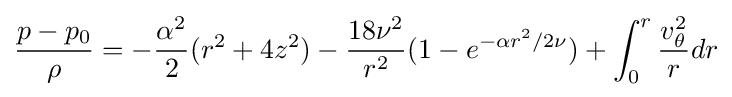
{\frac {p-p_{0}}{\rho }}=-{\frac {\alpha ^{2}}{2}}(r^{2}+4z^{2})-{\frac {18\nu ^{2}}{r^{2}}}(1-e^{-\alpha r^{2}/2\nu })+\int _{0}^{r}{\frac {v_{\theta }^{2}}{r}}dr